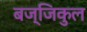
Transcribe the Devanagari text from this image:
बज्जिकुल